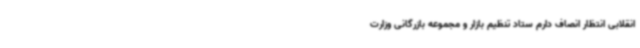
انقلابی انتظار انصاف دارم ستاد تنظیم بازار و مجموعه بازرگانی وزارت